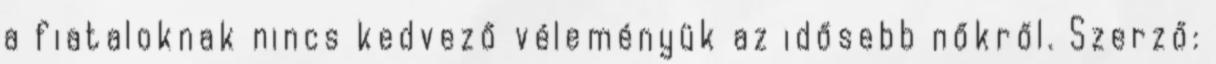
a fiataloknak nincs kedvező véleményük az idősebb nőkről. Szerző: